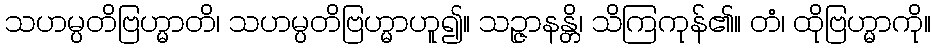
သဟမ္ပတိဗြဟ္မာတိ၊ သဟမ္ပတိဗြဟ္မာဟူ၍။ သဉ္ဇာနန္တိ၊ သိကြကုန်၏။ တံ၊ ထိုဗြဟ္မာကို။